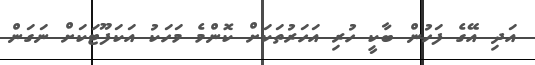
އަދި އޭގެ ފަހުން ބާކީ ހުރި އަހަރުތަކަށް ކޮންމެ މަހަކު އަކަފޫޓަކަށް ނަގަން